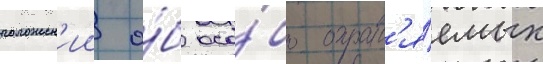
положен'ии о́б осо́бо охран'я́емых